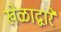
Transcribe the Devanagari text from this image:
खेळाद्वारे